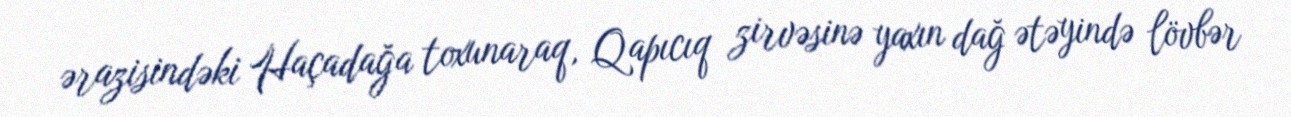
ərazisindəki Haçadağa toxunaraq, Qapıcıq zirvəsinə yaxın dağ ətəyində lövbər